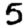
Digit: 5